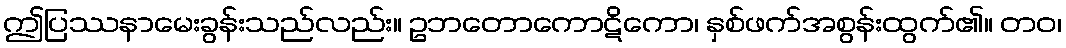
ဤပြဿနာမေးခွန်းသည်လည်း။ ဥဘတောကောဋိကော၊ နှစ်ဖက်အစွန်းထွက်၏။ တဝ၊